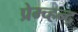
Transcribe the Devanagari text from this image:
प्रेम्च्हन्द्